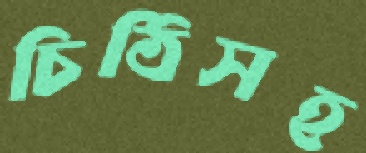
চিঠিসহ